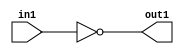
`timescale 1ps / 1ps
/*****************************************************************************
    Verilog RTL Description
    
    
    Created by: CellMath Designer 2019.1.01 
*******************************************************************************/

module DFT_compute_Not_1U_1U_1 (
	in1,
	out1
	); /* architecture "behavioural" */ 
input  in1;
output  out1;
wire  asc001;

assign asc001 = 
	((~in1));

assign out1 = asc001;
endmodule

/* CADENCE  urXxSgg= : u9/ySgnWtBlWxVPRXgAZ4Og= ** DO NOT EDIT THIS LINE ******/